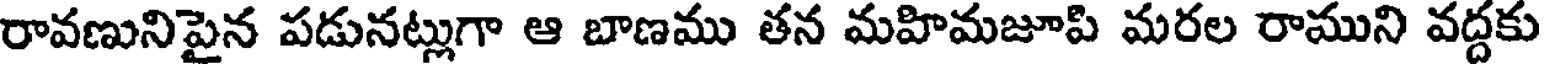
రావణునిపైన పడునట్లుగా ఆ బాణము తన మహిమజూపి మరల రాముని వద్దకు